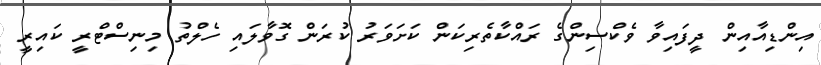
އިންޑިއާއިން ދީފައިވާ ވެކްސިންގެ ރައްކާތެރިކަން ކަށަވަރު ކުރަން ގޮވާލައި ހެލްތު މިނިސްޓްރީ ކައިރީ